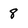
Character: 8